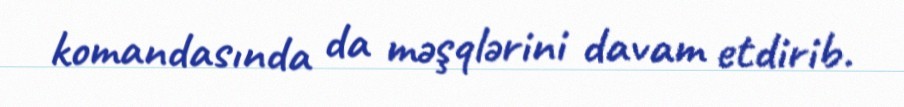
komandasında da məşqlərini davam etdirib.